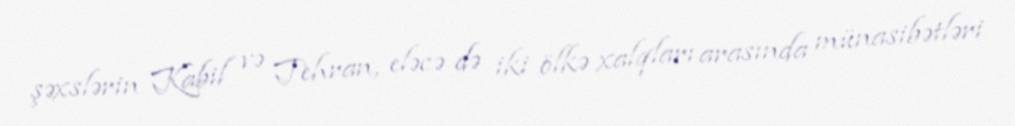
şəxslərin Kabil və Tehran, eləcə də iki ölkə xalqları arasında münasibətləri